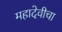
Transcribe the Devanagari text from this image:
महादेवीचा